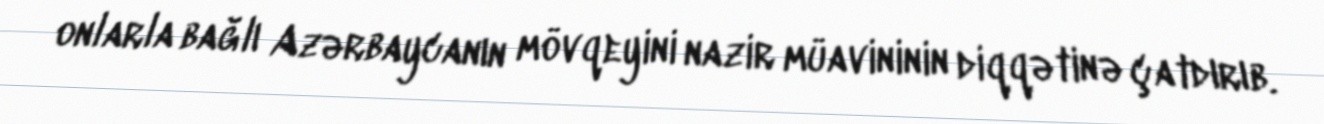
onlarla bağlı Azərbaycanın mövqeyini nazir müavininin diqqətinə çatdırıb.